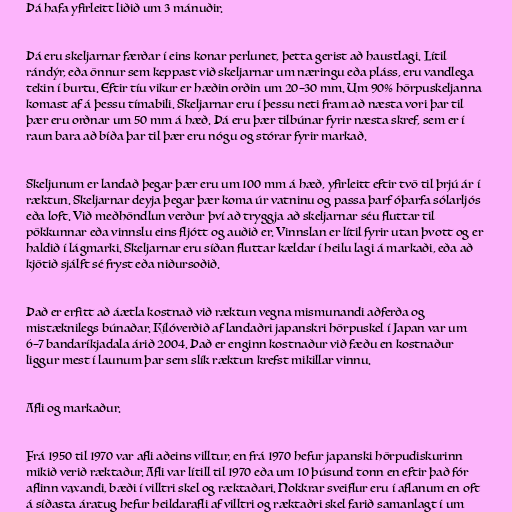
Þá hafa yfirleitt liðið um 3 mánuðir.

Þá eru skeljarnar færðar í eins konar perlunet, þetta gerist að haustlagi. Lítil
rándýr, eða önnur sem keppast við skeljarnar um næringu eða pláss, eru vandlega
tekin í burtu. Eftir tíu vikur er hæðin orðin um 20–30 mm. Um 90% hörpuskeljanna
komast af á þessu tímabili. Skeljarnar eru í þessu neti fram að næsta vori þar til
þær eru orðnar um 50 mm á hæð. Þá eru þær tilbúnar fyrir næsta skref, sem er í
raun bara að bíða þar til þær eru nógu og stórar fyrir markað.

Skeljunum er landað þegar þær eru um 100 mm á hæð, yfirleitt eftir tvö til þrjú ár í
ræktun. Skeljarnar deyja þegar þær koma úr vatninu og passa þarf óþarfa sólarljós
eða loft. Við meðhöndlun verður því að tryggja að skeljarnar séu fluttar til
pökkunnar eða vinnslu eins fljótt og auðið er. Vinnslan er lítil fyrir utan þvott og er
haldið í lágmarki. Skeljarnar eru síðan fluttar kældar í heilu lagi á markaði, eða að
kjötið sjálft sé fryst eða niðursoðið.

Það er erfitt að áætla kostnað við ræktun vegna mismunandi aðferða og
mistæknilegs búnaðar. Kílóverðið af landaðri japanskri hörpuskel í Japan var um
6–7 bandaríkjadala árið 2004. Það er enginn kostnaður við fæðu en kostnaður
liggur mest í launum þar sem slík ræktun krefst mikillar vinnu.

Afli og markaður.

Frá 1950 til 1970 var afli aðeins villtur, en frá 1970 hefur japanski hörpudiskurinn
mikið verið ræktaður. Afli var lítill til 1970 eða um 10 þúsund tonn en eftir það fór
aflinn vaxandi, bæði í villtri skel og ræktaðari. Nokkrar sveiflur eru í aflanum en oft
á síðasta áratug hefur heildarafli af villtri og ræktaðri skel farið samanlagt í um